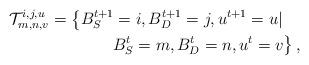
LaTeX: \begin{align*}\mathcal{T}_{m,n,v}^{i,j,u} = \left\{ B_{S}^{t+1} = i, B_{D}^{t+1} = j, u^{t+1} = u | \right. \quad \\ \left. B_{S}^{t} = m, B_{D}^{t} = n, u^{t} = v \right\},\end{align*}